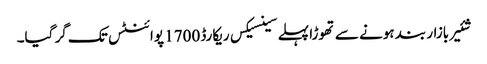
شئیر بازار بند ہونے سے تھوڑا پہلے سینسیکس ریکارڈ 1700 پوائنٹس تک گر گیا۔